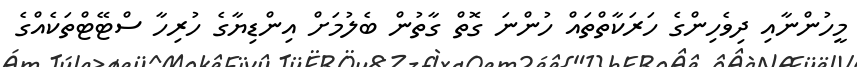
މީހުންނާއި ދިވެހިންގެ ހަރަކާތްތައް ހުންނަ ގޮތް ގާތުން ބެލުމަށް އިންޑިޔާގެ ހުރިހާ ސްޓޭޓްތަކެއްގެ